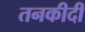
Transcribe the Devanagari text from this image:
तनकीदी